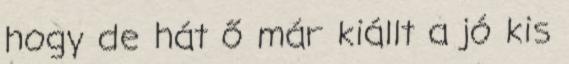
hogy de hát ő már kiállt a jó kis